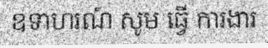
ឧទាហរណ៍ សូម ធ្វើ ការងារ